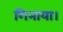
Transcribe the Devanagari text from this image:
गिनाया।